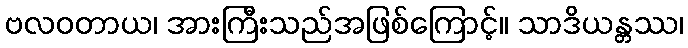
ဗလဝတာယ၊ အားကြီးသည်အဖြစ်ကြောင့်။ သာဒိယန္တဿ၊